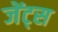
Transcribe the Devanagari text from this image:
जेंट्स